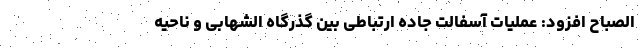
الصباح افزود: عملیات آسفالت جاده ارتباطی بین گذرگاه الشهابی و ناحیه